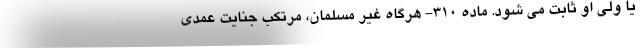
یا ولی او ثابت می شود. ماده ۳۱۰- هرگاه غیر مسلمان، مرتکب جنایت عمدی